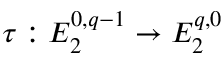
\tau : E _ { 2 } ^ { 0 , q - 1 } \to E _ { 2 } ^ { q , 0 }